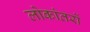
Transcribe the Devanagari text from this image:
लोकांतरों